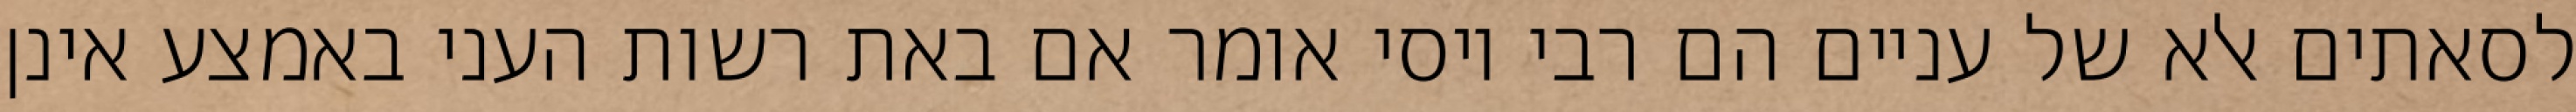
לסאתים אלא של עניים הם רבי יוסי אומר אם באת רשות העני באמצע אינן